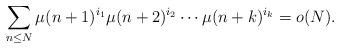
LaTeX: \begin{align*}\sum_{n\leq N} \mu(n+1)^{i_1}\mu(n+2)^{i_2}\cdots \mu(n+k)^{i_k}=o(N).\end{align*}